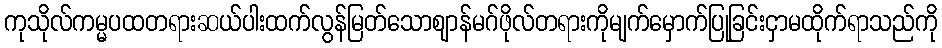
ကုသိုလ်ကမ္မပထတရားဆယ်ပါးထက်လွန်မြတ်သောဈာန်မဂ်ဖိုလ်တရားကိုမျက်မှောက်ပြုခြင်းငှာမထိုက်ရာသည်ကို